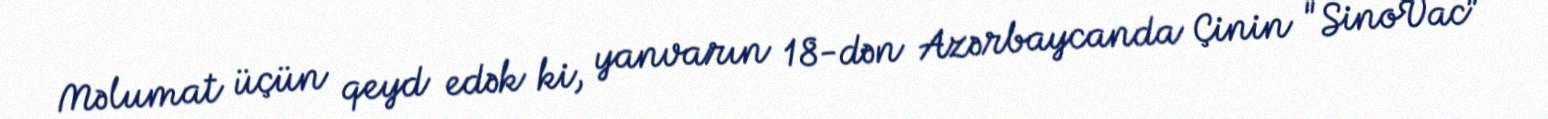
Məlumat üçün qeyd edək ki, yanvarın 18-dən Azərbaycanda Çinin "SinoVac”